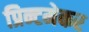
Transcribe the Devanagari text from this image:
प्रिन्टमेकर